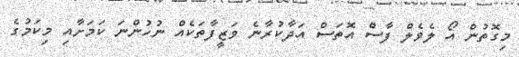
މިގޮތުން އޯ ލެވެލް ފާސް އޮތަސް އަދާކުރާނެ ވަޒީފާތަކެއް ނުހުންނަ ކަމަށާއި މިކަމުގެ